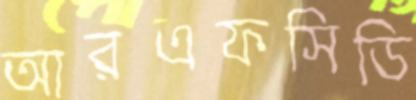
আরএফসিডি